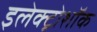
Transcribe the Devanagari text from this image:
इलेक्ट्रोशॉक